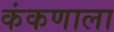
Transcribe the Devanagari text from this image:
कंकणाला